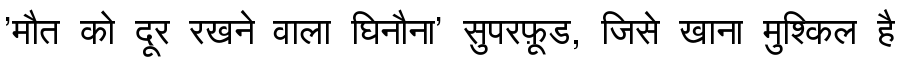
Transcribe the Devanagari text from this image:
'मौत को दूर रखने वाला घिनौना' सुपरफ़ूड, जिसे खाना मुश्किल है